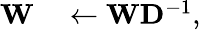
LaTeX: \begin{array}{rl}{\mathbf{W}}&{{}\leftarrow\mathbf{W}\mathbf{D}^{-1},}\end{array}